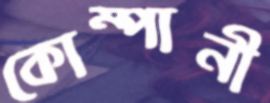
কোম্পানী